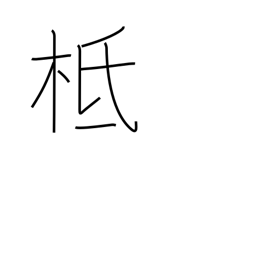
Meaning: founded on